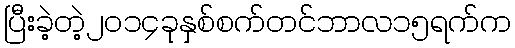
ပြီးခဲ့တဲ့၂၀၁၄ခုနှစ်စက်တင်ဘာလ၁၅ရက်က